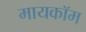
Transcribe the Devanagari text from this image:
मायकॉम